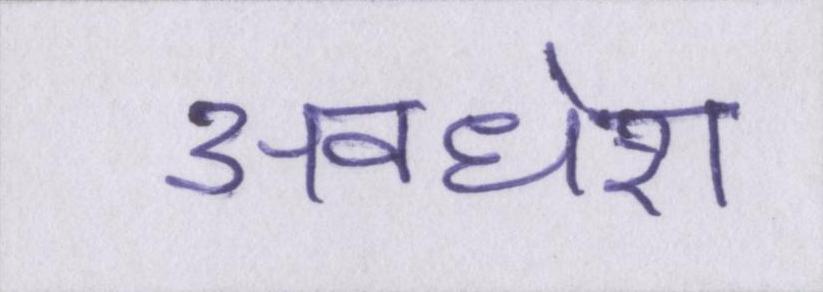
अवधेश